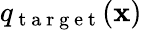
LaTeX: q_{\mathrm{~t~a~r~g~e~t~}}(\mathbf{x})